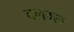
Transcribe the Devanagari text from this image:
क्लम्स